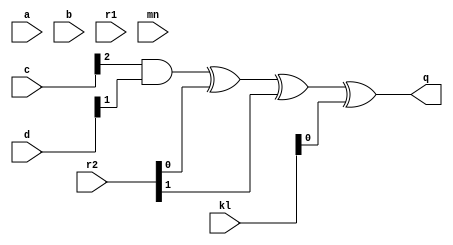
/*
* -----------------------------------------------------------------
* DOCUMENT: "Cryptanalysis of Efficient Masked Ciphers: Applications to Low Latency" (TCHES 2022, Issue 1)
* -----------------------------------------------------------------
*
* Copyright (c) 2021, Aein Rezaei Shahmirzadi
*
* All rights reserved.
*
* THIS SOFTWARE IS PROVIDED BY THE COPYRIGHT HOLDERS AND CONTRIBUTORS "AS IS" AND
* ANY EXPRESS OR IMPLIED WARRANTIES, INCLUDING, BUT NOT LIMITED TO, THE IMPLIED
* WARRANTIES OF MERCHANTABILITY AND FITNESS FOR A PARTICULAR PURPOSE ARE
* DISCLAIMED. IN NO EVENT SHALL THE COPYRIGHT HOLDER OR CONTRIBUTERS BE LIABLE FOR ANY
* DIRECT, INDIRECT, INCIDENTAL, SPECIAL, EXEMPLARY, OR CONSEQUENTIAL DAMAGES
* (INCLUDING, BUT NOT LIMITED TO, PROCUREMENT OF SUBSTITUTE GOODS OR SERVICES;
* LOSS OF USE, DATA, OR PROFITS; OR BUSINESS INTERRUPTION) HOWEVER CAUSED AND
* ON ANY THEORY OF LIABILITY, WHETHER IN CONTRACT, STRICT LIABILITY, OR TORT
* (INCLUDING NEGLIGENCE OR OTHERWISE) ARISING IN ANY WAY OUT OF THE USE OF THIS
* SOFTWARE, EVEN IF ADVISED OF THE POSSIBILITY OF SUCH DAMAGE.
*
* Please see LICENSE and README for license and further instructions.
*/
module CF_Am2Q(
    input [2:0] a,
    input [2:0] b,
    input [2:0] c,
    input [2:0] d,
    input [5:0] r1,
    input [5:0] r2,
    input [1:0] kl,
    input [1:0] mn,
    output q 
	 );
	 
	parameter num = 1;
	generate

		if(num== 0) begin
			assign q = b[1] ^ c[1] & d[1]						^ kl[0] ^ kl[1];
		end                                                     
		if(num== 1) begin                                       
			assign q = c[2] & d[1]				^ r2[0] ^ r2[1] ^ kl[0];
		end                                                     
		if(num== 2) begin                                       
			assign q = c[1] & d[2]				^ r2[1] ^ r2[2] ^ kl[1];
		end
		
		if(num== 3) begin
			assign q = b[2] ^ c[2] & d[2]		 				^ kl[0] ^ kl[1];
		end		                                                
		if(num== 4) begin                                       
			assign q = c[0] & d[2]				^ r2[2] ^ r2[3] ^ kl[0];
		end		                                                
		if(num== 5) begin                                       
			assign q = c[2] & d[0]				^ r2[3] ^ r2[4] ^ kl[1];
		end		   

		if(num== 6) begin
			assign q = b[0] ^ c[0] & d[0]		 				^ kl[0] ^ kl[1];
		end		                                                
		if(num== 7) begin                                       
			assign q = c[0] & d[1]				^ r2[4] ^ r2[5] ^ kl[0];
		end		                                                
		if(num== 8) begin                                       
			assign q = c[1] & d[0]				^ r2[5] ^ r2[0] ^ kl[1];
		end

		if(num==9+0) begin
			assign q = a[1] ^ b[1] ^ (b[1] & d[1]) ^ (c[1] & d[1])							^ mn[0] ^ mn[1];
		end                                                                                 
		if(num==9+1) begin                                                                  
			assign q = (b[2] & d[1]) ^ (c[2] & d[1]) 						^ r1[0] ^ r1[1] ^ mn[0];
		end                                                                                 
		if(num==9+2) begin                                                                  
			assign q = (b[1] & d[2]) ^ (c[1] & d[2]) 						^ r1[1] ^ r1[2] ^ mn[1];
		end
		
		if(num==9+3) begin
			assign q = a[2] ^ b[2] ^ (b[2] & d[2]) ^ (c[2] & d[2])							^ mn[0] ^ mn[1];
		end		                                                                            
		if(num==9+4) begin                                                                  
			assign q = (b[0] & d[2]) ^ (c[0] & d[2]) 						^ r1[2] ^ r1[3] ^ mn[0];
		end		                                                                            
		if(num==9+5) begin                                                                  
			assign q = (b[2] & d[0]) ^ (c[2] & d[0]) 						^ r1[3] ^ r1[4] ^ mn[1];
		end		   

		if(num==9+6) begin
			assign q = a[0] ^ b[0] ^ (b[0] & d[0]) ^ (c[0] & d[0])							^ mn[0] ^ mn[1];
		end		                                                                            
		if(num==9+7) begin                                                                  
			assign q = (b[0] & d[1]) ^ (c[0] & d[1]) 						^ r1[4] ^ r1[5] ^ mn[0];
		end		                                                                            
		if(num==9+8) begin                                                                  
			assign q = (b[1] & d[0]) ^ (c[1] & d[0]) 						^ r1[5] ^ r1[0] ^ mn[1];
		end	


	endgenerate

endmodule